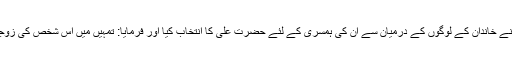
خواہشمند بہت تھے لیکن آپ کے والد گرامی حضرت محمد مصطفی (ص) نے اپنے خاندان کے لوگوں کے درمیان سے ان کی ہمسری کے لئے حضرت علی کا انتخاب کیا اور فرمایا: تمہیں میں اس شخص کی زوجیت میں دے رہاہوں جو سب سے بہتر اور اسلام لانے کے اعتبار سے سابق ہے۔